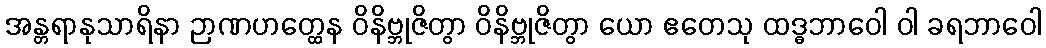
အန္တရာနုသာရိနာ ဉာဏဟတ္ထေန ဝိနိဗ္ဘုဇိတွာ ဝိနိဗ္ဘုဇိတွာ ယော ဧတေသု ထဒ္ဓဘာဝေါ ဝါ ခရဘာဝေါ